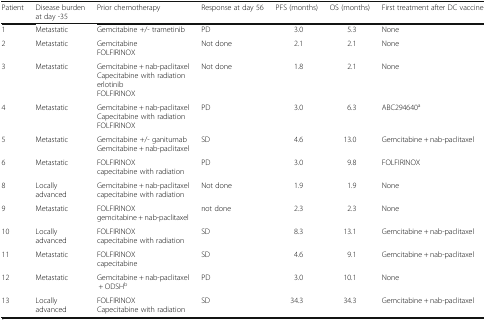
<table><thead><tr><td><b>Patient</b></td><td><b>Disease burden at day -35</b></td><td><b>Prior chemotherapy</b></td><td><b>Response at day 56</b></td><td><b>PFS (months)</b></td><td><b>OS (months)</b></td><td><b>First treatment after DC vaccine</b></td></tr></thead><tbody><tr><td>1</td><td>Metastatic</td><td>Gemcitabine +/- trametinib</td><td>PD</td><td>3.0</td><td>5.3</td><td>None</td></tr><tr><td>2</td><td>Metastatic</td><td>GemcitabineFOLFIRINOX</td><td>Not done</td><td>2.1</td><td>2.1</td><td>None</td></tr><tr><td>3</td><td>Metastatic</td><td>Gemcitabine + nab-paclitaxelCapecitabine with radiationerlotinibFOLFIRINOX</td><td>Not done</td><td>1.8</td><td>2.1</td><td>None</td></tr><tr><td>4</td><td>Metastatic</td><td>Gemcitabine + nab-paclitaxelCapecitabine with radiationFOLFIRINOX</td><td>PD</td><td>3.0</td><td>6.3</td><td>ABC294640<sup>a</sup></td></tr><tr><td>5</td><td>Metastatic</td><td>Gemcitabine +/- ganitumabGemcitabine + nab-paclitaxel</td><td>SD</td><td>4.6</td><td>13.0</td><td>Gemcitabine + nab-paclitaxel</td></tr><tr><td>6</td><td>Metastatic</td><td>FOLFIRINOXcapecitabine with radiation</td><td>PD</td><td>3.0</td><td>9.8</td><td>FOLFIRINOX</td></tr><tr><td>8</td><td>Locally advanced</td><td>Gemcitabine + nab-paclitaxelcapecitabine with radiation</td><td>Not done</td><td>1.9</td><td>1.9</td><td>None</td></tr><tr><td>9</td><td>Metastatic</td><td>FOLFIRINOXgemcitabine + nab-paclitaxel</td><td>not done</td><td>2.3</td><td>2.3</td><td>None</td></tr><tr><td>10</td><td>Locally advanced</td><td>FOLFIRINOXcapecitabine with radiation</td><td>SD</td><td>8.3</td><td>13.1</td><td>Gemcitabine + nab-paclitaxel</td></tr><tr><td>11</td><td>Metastatic</td><td>FOLFIRINOXcapecitabine</td><td>SD</td><td>4.6</td><td>9.1</td><td>Gemcitabine + nab-paclitaxel</td></tr><tr><td>12</td><td>Metastatic</td><td>Gemcitabine + nab-paclitaxel + ODSH<sup>b</sup></td><td>PD</td><td>3.0</td><td>10.1</td><td>None</td></tr><tr><td>13</td><td>Locally advanced</td><td>FOLFIRINOXCapecitabine with radiation</td><td>SD</td><td>34.3</td><td>34.3</td><td>Gemcitabine + nab-paclitaxel</td></tr></tbody></table>